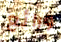
ورائع